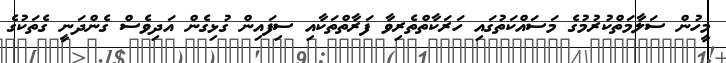
މީހުން ސަލާމަތްކުރުމުގެ މަސައްކަތުގައި ހަރަކާތްތެރިވާ ފަރާތްތަކާއި ސިފައިން ގުޅިގެން އަދިވެސް ގެންދަނީ ގެތަކުގެ